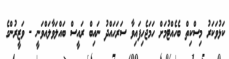
ކަޅުވަކަރު މިސްކިތް ބެހެއްޓުމަށް ހަމަޖެހިފައިވާ ސަރަހައްދު ނައިބް ރައީސް ބައްލަވާލައްވަނީ - ވަޒީރުންގެ